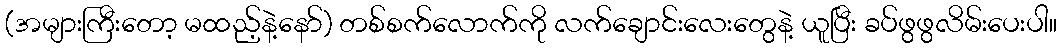
(အများကြီးတော့ မထည့်နဲ့နော်) တစ်စက်လောက်ကို လက်ချောင်းလေးတွေနဲ့ ယူပြီး ခပ်ဖွဖွလိမ်းပေးပါ။